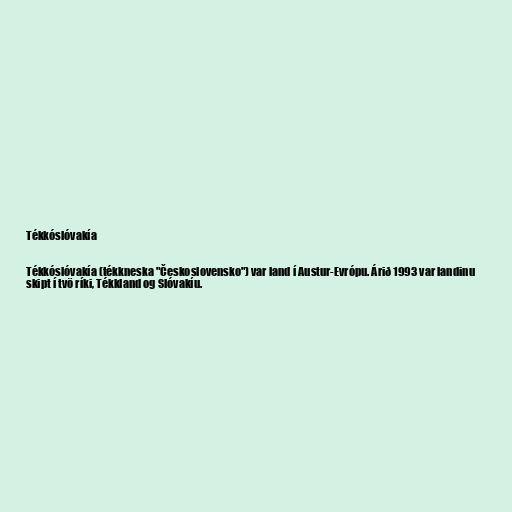
Tékkóslóvakía

Tékkóslóvakía (tékkneska "Československo") var land í Austur-Evrópu. Árið 1993 var landinu
skipt í tvö ríki, Tékkland og Slóvakíu.